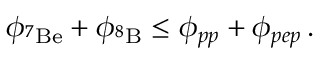
\phi _ { ^ 7 \mathrm { B e } } + \phi _ { ^ 8 \mathrm { B } } \leq \phi _ { p p } + \phi _ { p e p } \, .